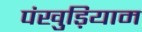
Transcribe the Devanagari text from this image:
पंखुड़ियाम